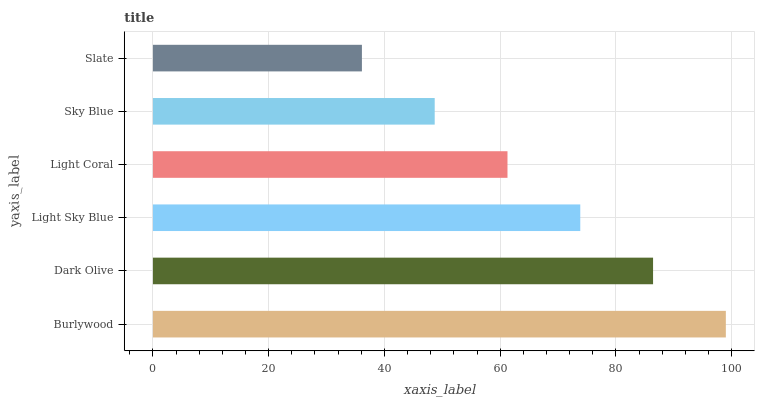
| yaxis_label | bars |
 | --- | --- |
 | Burlywood | 99 |
 | Dark Olive | 86.4 |
 | Light Sky Blue | 73.8 |
 | Light Coral | 61.3 |
 | Sky Blue | 48.7 |
 | Slate | 36.1 |